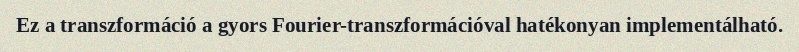
Ez a transzformáció a gyors Fourier-transzformációval hatékonyan implementálható.